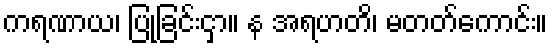
ကရဏာယ၊ ပြုခြင်းငှာ။ န အရဟတိ၊ မတတ်ကောင်း။